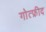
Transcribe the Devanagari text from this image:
गोत्फ्रीद